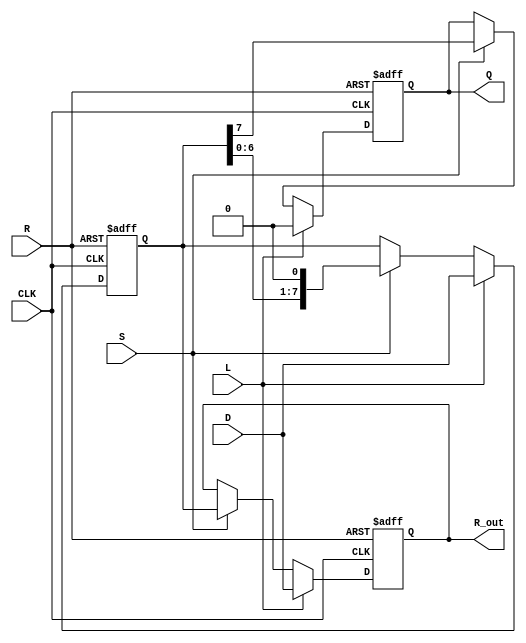
module PISO_Register #(
    parameter WIDTH = 8 // Define the width of the register (default is 8 bits)
)(
    input  wire [WIDTH-1:0] D,   // Data Input
    input  wire L,                // Load signal
    input  wire S,                // Shift signal
    input  wire CLK,              // Clock signal
    input  wire R,                // Asynchronous reset
    output reg  Q,                // Serial Output
    output reg [WIDTH-1:0] R_out  // Full Register Output
);

    reg [WIDTH-1:0] shift_reg;    // Internal register to hold data

    always @(posedge CLK or posedge R) begin
        if (R) begin
            // Asynchronous reset
            shift_reg <= {WIDTH{1'b0}}; // Clear the register
            R_out <= {WIDTH{1'b0}};     // Clear the output register
            Q <= 1'b0;                  // Clear the serial output
        end else if (L) begin
            // Load data into the shift register
            shift_reg <= D;             // Load data from input
            R_out <= D;                 // Update full register output
            Q <= 1'b0;                  // Reset serial output
        end else if (S) begin
            // Shift data out serially
            Q <= shift_reg[WIDTH-1];    // Output the MSB (or LSB)
            shift_reg <= {shift_reg[WIDTH-2:0], 1'b0}; // Shift left
            R_out <= shift_reg;          // Update full register output
        end
    end

endmodule